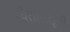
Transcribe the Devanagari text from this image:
चेतातंतूंचा